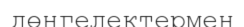
дөңгелектермен